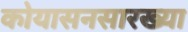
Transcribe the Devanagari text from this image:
कोयासनसारख्या